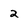
Character: 2